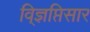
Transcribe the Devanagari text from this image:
वि्ज्ञप्तिसार